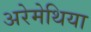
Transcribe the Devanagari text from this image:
अरेमेथिया